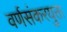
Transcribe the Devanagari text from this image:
वर्णसंकरयुक्त